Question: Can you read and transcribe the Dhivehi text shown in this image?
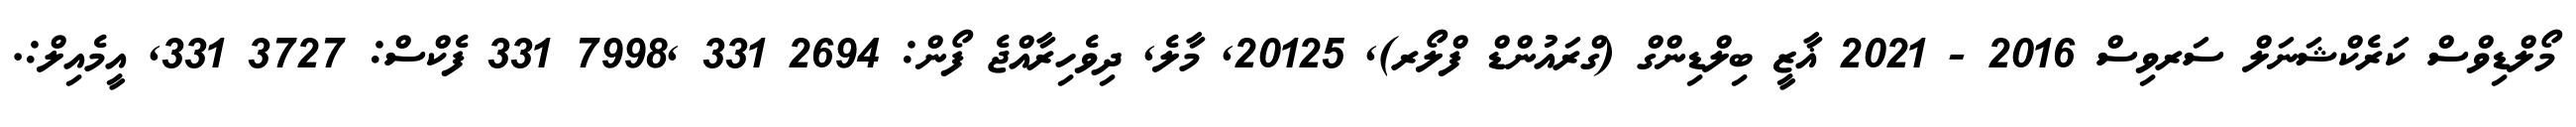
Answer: މޯލްޑިވްސް ކަރެކްޝަނަލް ސަރވިސް 2016 - 2021 ޣާޒީ ބިލްޑިންގް (ގްރައުންޑް ފްލޯރ), 20125, މާލެ, ދިވެހިރާއްޖެ ފޯން: 2694 331 ,7998 331 ފެކްސް: 3727 331, އީމެއިލް:.